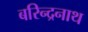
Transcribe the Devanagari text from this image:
बरिन्द्रनाथ